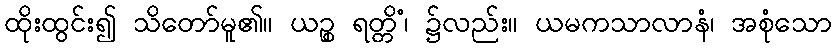
ထိုးထွင်း၍ သိတော်မူ၏။ ယဉ္စ ရတ္တိံ၊ ၌လည်း။ ယမကသာလာနံ၊ အစုံသော